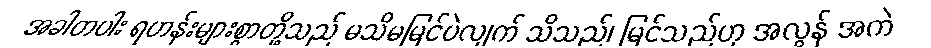
အခါတပါး ရဟန်းများစွာတို့သည် မသိမမြင်ပဲလျက် သိသည်၊ မြင်သည်ဟု အလွန် အကဲ